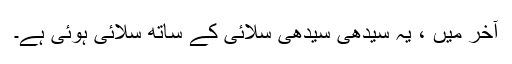
آخر میں ، یہ سیدھی سیدھی سلائی کے ساتھ سلائی ہوئی ہے۔